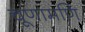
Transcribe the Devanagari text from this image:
चूणामणि